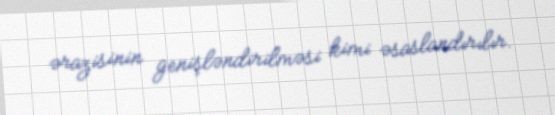
ərazisinin genişləndirilməsi kimi əsaslandırılır.